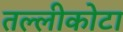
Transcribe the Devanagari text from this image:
तल्लीकोटा